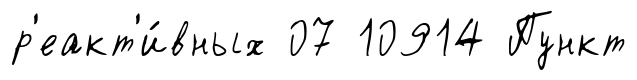
р'еакт'и́вных 07 10914 Пункт